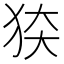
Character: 𰡍